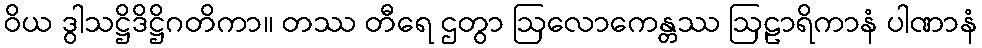
ဝိယ ဒွါသဋ္ဌိဒိဋ္ဌိဂတိကာ။ တဿ တီရေ ဌတွာ ဩလောကေန္တဿ ဩဠာရိကာနံ ပါဏာနံ